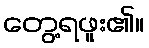
တွေ့ရဖူး၏။